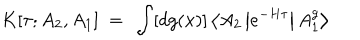
K [ \tau ; A _ { 2 } , A _ { 1 } ] ~ = ~ \int [ d g ( x ) ] \left< A _ { 2 } \left| e ^ { - H \tau } \right| A _ { 1 } ^ { g } \right>